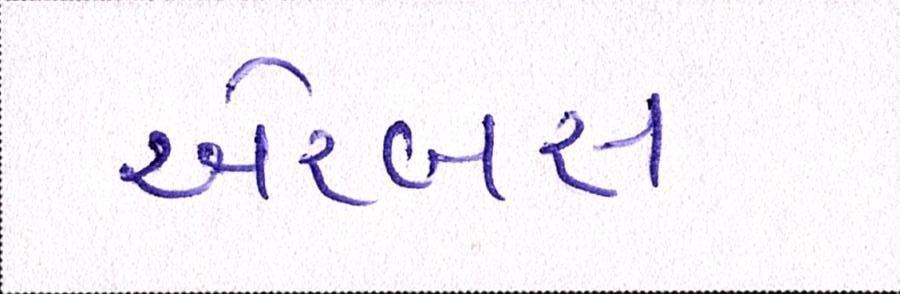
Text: એરબસ